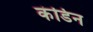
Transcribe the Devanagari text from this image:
कंडिन